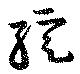
綻